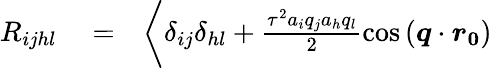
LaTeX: \begin{array}{rlr}{R_{ijhl}}&{{}=}&{\bigg\langle\delta_{ij}\delta_{hl}+\frac{\tau^{2}a_{i}q_{j}a_{h}q_{l}}{2}\cos{(\boldsymbol{q}\cdot\boldsymbol{r_{0}})}}\end{array}